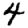
Digit: 4